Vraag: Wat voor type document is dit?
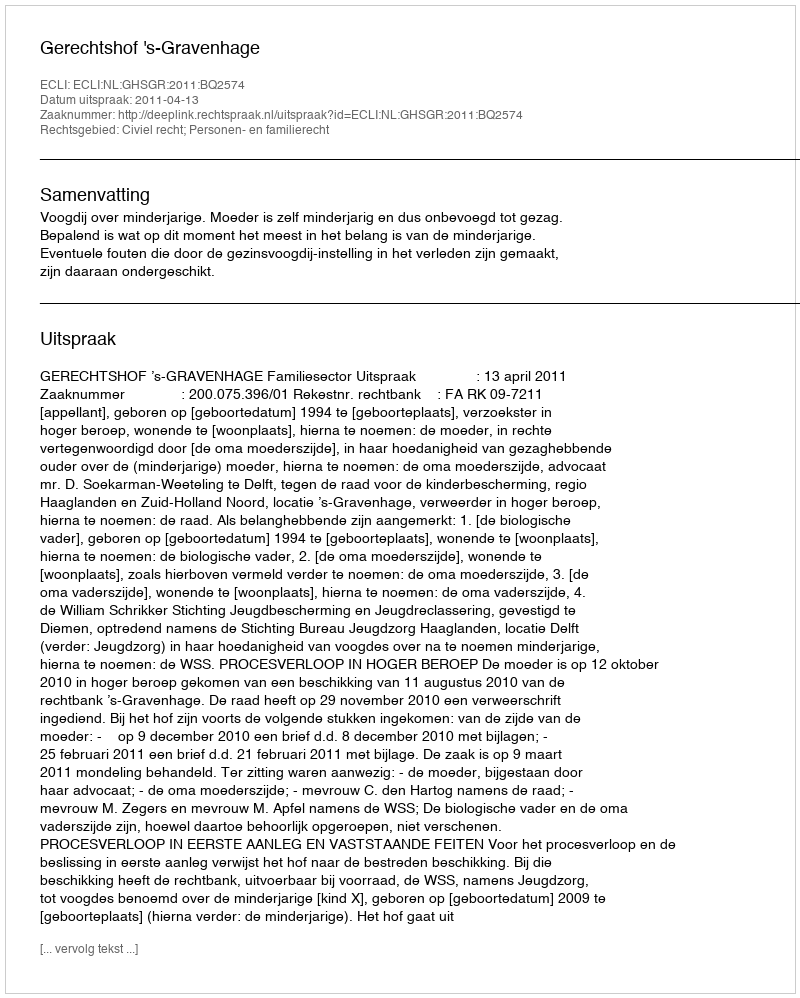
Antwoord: Uitspraak